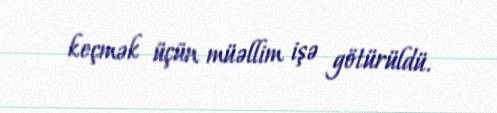
keçmək üçün müəllim işə götürüldü.